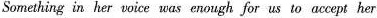
Something in her voice was enough for us to accept her